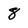
Character: 8